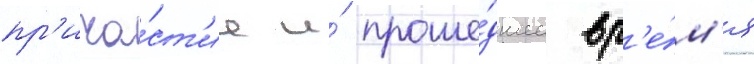
пр'ича́ст'ие и́ проше́дшее вр'е́м'я